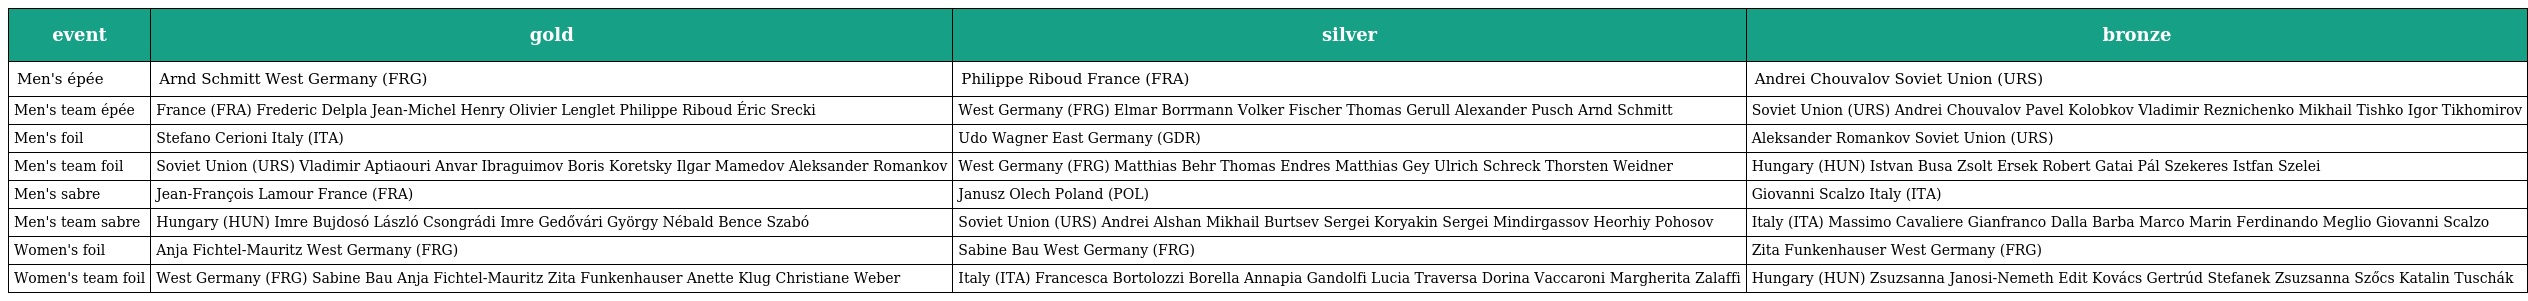
| event | gold | silver | bronze |
 | --- | --- | --- | --- |
 | Men's épée | Arnd Schmitt West Germany (FRG) | Philippe Riboud France (FRA) | Andrei Chouvalov Soviet Union (URS) |
 | Men's team épée | France (FRA) Frederic Delpla Jean-Michel Henry Olivier Lenglet Philippe Riboud Éric Srecki | West Germany (FRG) Elmar Borrmann Volker Fischer Thomas Gerull Alexander Pusch Arnd Schmitt | Soviet Union (URS) Andrei Chouvalov Pavel Kolobkov Vladimir Reznichenko Mikhail Tishko Igor Tikhomirov |
 | Men's foil | Stefano Cerioni Italy (ITA) | Udo Wagner East Germany (GDR) | Aleksander Romankov Soviet Union (URS) |
 | Men's team foil | Soviet Union (URS) Vladimir Aptiaouri Anvar Ibraguimov Boris Koretsky Ilgar Mamedov Aleksander Romankov | West Germany (FRG) Matthias Behr Thomas Endres Matthias Gey Ulrich Schreck Thorsten Weidner | Hungary (HUN) Istvan Busa Zsolt Ersek Robert Gatai Pál Szekeres Istfan Szelei |
 | Men's sabre | Jean-François Lamour France (FRA) | Janusz Olech Poland (POL) | Giovanni Scalzo Italy (ITA) |
 | Men's team sabre | Hungary (HUN) Imre Bujdosó László Csongrádi Imre Gedővári György Nébald Bence Szabó | Soviet Union (URS) Andrei Alshan Mikhail Burtsev Sergei Koryakin Sergei Mindirgassov Heorhiy Pohosov | Italy (ITA) Massimo Cavaliere Gianfranco Dalla Barba Marco Marin Ferdinando Meglio Giovanni Scalzo |
 | Women's foil | Anja Fichtel-Mauritz West Germany (FRG) | Sabine Bau West Germany (FRG) | Zita Funkenhauser West Germany (FRG) |
 | Women's team foil | West Germany (FRG) Sabine Bau Anja Fichtel-Mauritz Zita Funkenhauser Anette Klug Christiane Weber | Italy (ITA) Francesca Bortolozzi Borella Annapia Gandolfi Lucia Traversa Dorina Vaccaroni Margherita Zalaffi | Hungary (HUN) Zsuzsanna Janosi-Nemeth Edit Kovács Gertrúd Stefanek Zsuzsanna Szőcs Katalin Tuschák |